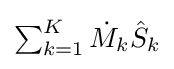
{\textstyle \sum _{k=1}^{K}{{\dot {M}}_{k}{\hat {S}}_{k}}}